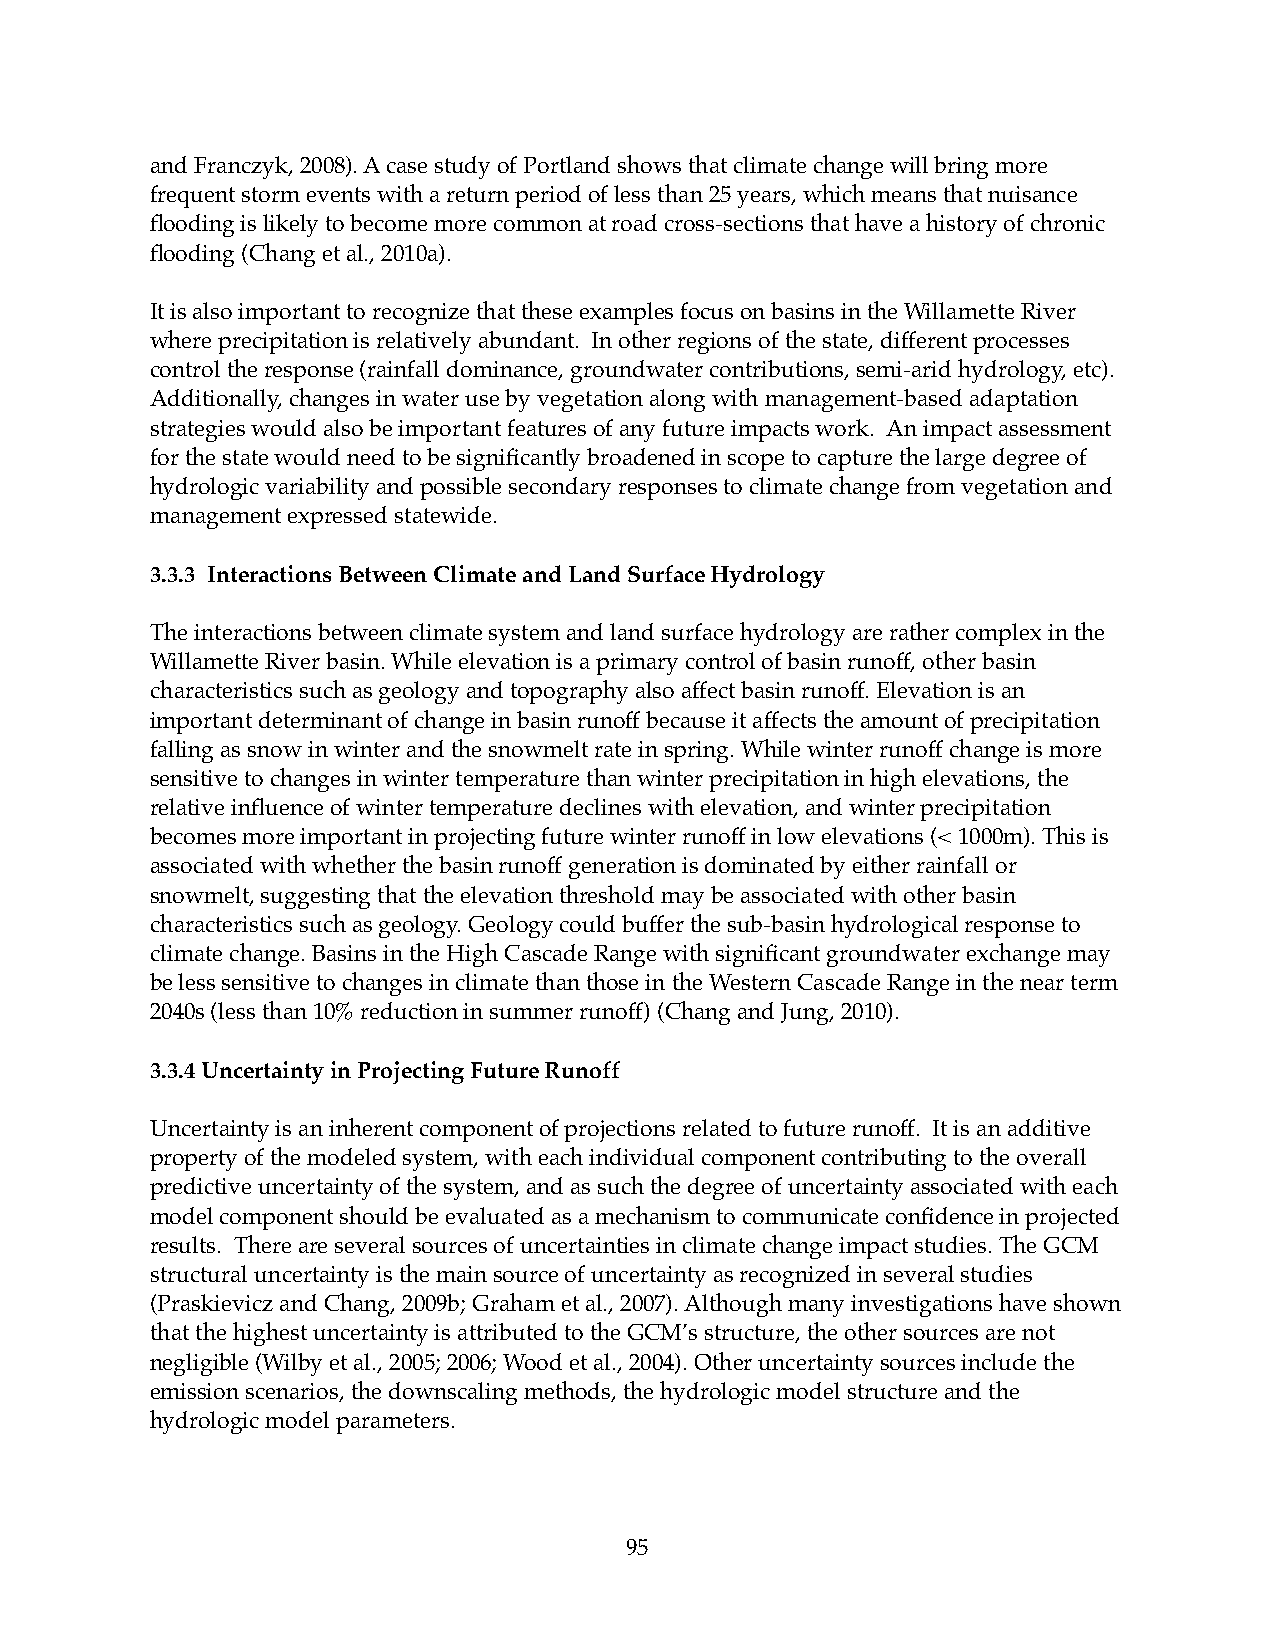
and Franczyk, 2008). A case study of Portland shows that climate change will bring more
 frequent storm events with a return period of less than 25 years, which means that nuisance
 flooding is likely to become more common at road cross-sections that have a history of chronic
 flooding (Chang et al., 2010a).
 It is also important to recognize that these examples focus on basins in the Willamette River
 where precipitation is relatively abundant. In other regions of the state, different processes
 control the response (rainfall dominance, groundwater contributions, semi-arid hydrology, etc).
 Additionally, changes in water use by vegetation along with management-based adaptation
 strategies would also be important features of any future impacts work. An impact assessment
 for the state would need to be significantly broadened in scope to capture the large degree of
 hydrologic variability and possible secondary responses to climate change from vegetation and
 management expressed statewide.
 3.3.3 Interactions Between Climate and Land Surface Hydrology
 The interactions between climate system and land surface hydrology are rather complex in the
 Willamette River basin. While elevation is a primary control of basin runoff, other basin
 characteristics such as geology and topography also affect basin runoff. Elevation is an
 important determinant of change in basin runoff because it affects the amount of precipitation
 falling as snow in winter and the snowmelt rate in spring. While winter runoff change is more
 sensitive to changes in winter temperature than winter precipitation in high elevations, the
 relative influence of winter temperature declines with elevation, and winter precipitation
 becomes more important in projecting future winter runoff in low elevations (< 1000m). This is
 associated with whether the basin runoff generation is dominated by either rainfall or
 snowmelt, suggesting that the elevation threshold may be associated with other basin
 characteristics such as geology. Geology could buffer the sub-basin hydrological response to
 climate change. Basins in the High Cascade Range with significant groundwater exchange may
 be less sensitive to changes in climate than those in the Western Cascade Range in the near term
 2040s (less than 10% reduction in summer runoff) (Chang and Jung, 2010).
 3.3.4 Uncertainty in Projecting Future Runoff
 Uncertainty is an inherent component of projections related to future runoff. It is an additive
 property of the modeled system, with each individual component contributing to the overall
 predictive uncertainty of the system, and as such the degree of uncertainty associated with each
 model component should be evaluated as a mechanism to communicate confidence in projected
 results. There are several sources of uncertainties in climate change impact studies. The GCM
 structural uncertainty is the main source of uncertainty as recognized in several studies
 (Praskievicz and Chang, 2009b; Graham et al., 2007). Although many investigations have shown
 that the highest uncertainty is attributed to the GCM’s structure, the other sources are not
 negligible (Wilby et al., 2005; 2006; Wood et al., 2004). Other uncertainty sources include the
 emission scenarios, the downscaling methods, the hydrologic model structure and the
 hydrologic model parameters.
 95